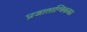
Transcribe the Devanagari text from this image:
प्रजातान्त्रिकका